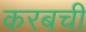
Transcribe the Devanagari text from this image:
करबची